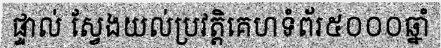
ផ្ទាល់ ស្វែងយល់ប្រវត្តិគេហទំព័រ៥០០០ឆ្នាំ